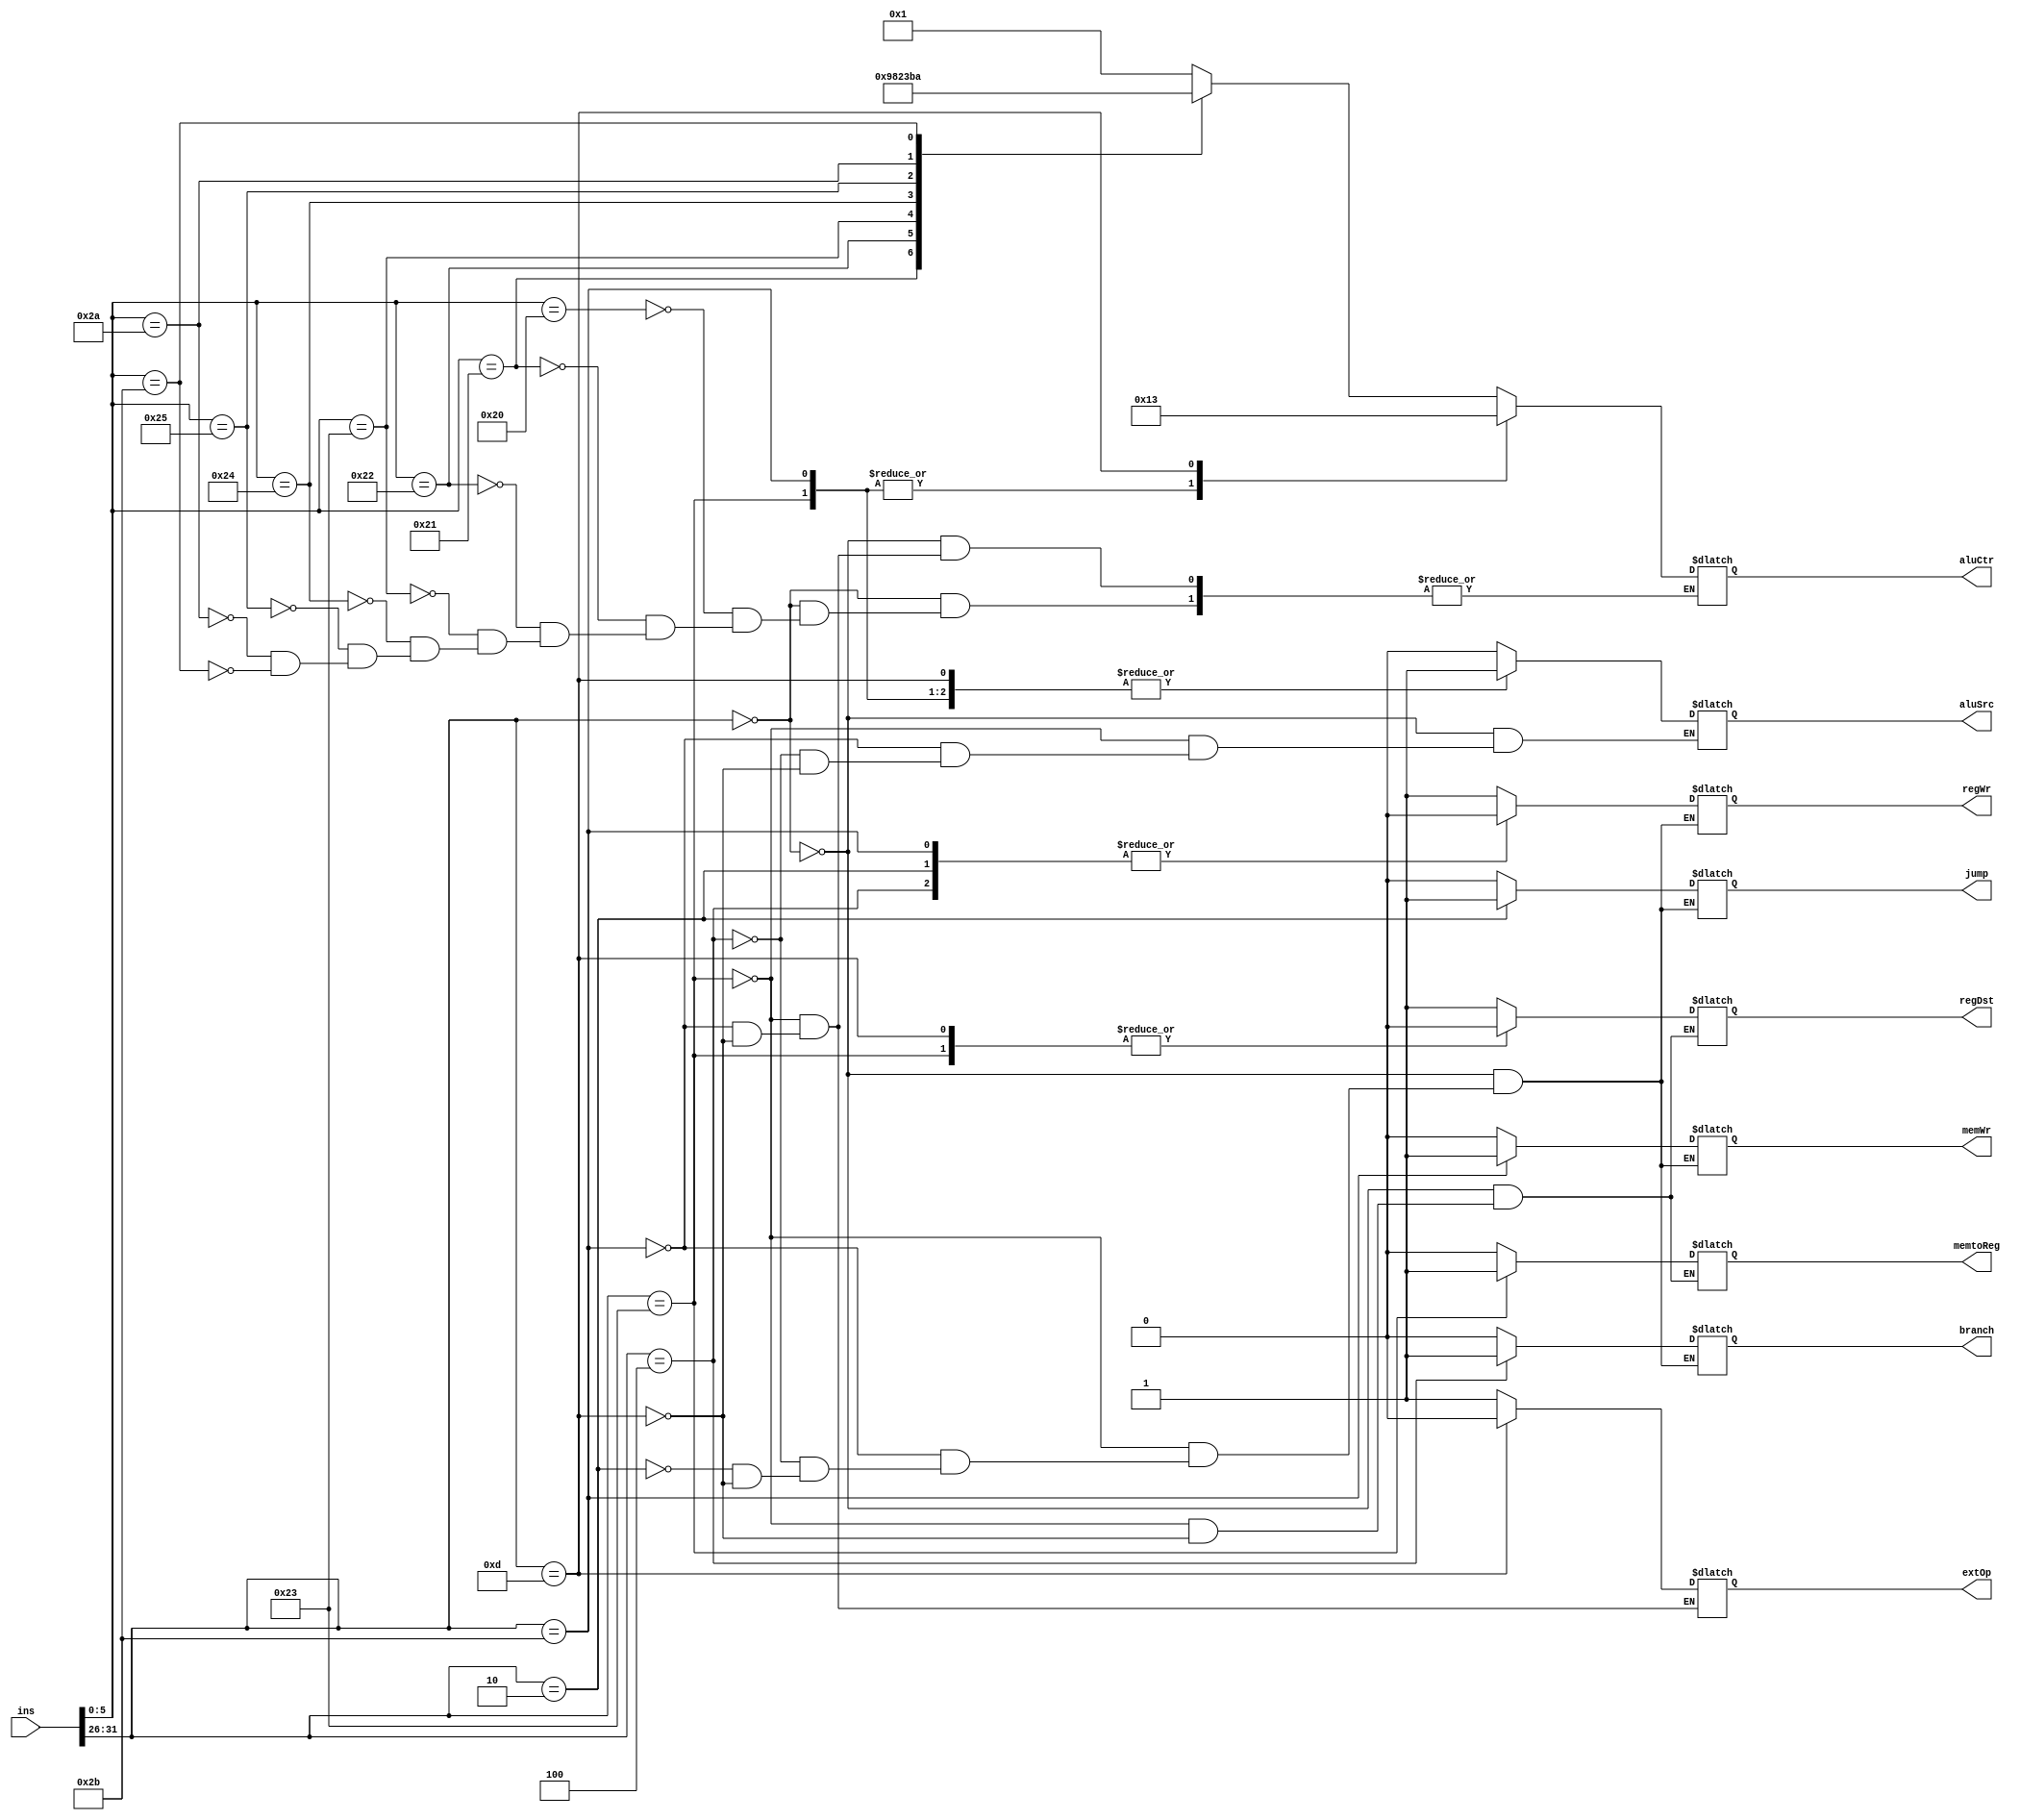
module ctrl (ins, branch, jump, regDst, aluSrc, aluCtr, regWr, memWr, extOp, memtoReg);
	input 	[31:0] 	ins;

	output 	reg 	[3:0]	aluCtr;
	output 	reg		branch;
	output 	reg		jump;
	output 	reg		regDst;
	output 	reg		aluSrc;
	output 	reg		regWr;
	output 	reg		memWr;
	output 	reg		extOp;
	output 	reg		memtoReg;

	wire [5:0] op;
	wire [5:0] func;

	assign op	= ins[31:26];
	assign func	= ins[5:0];

	// Operation code;
	parameter  	R 	= 6'b000000,
		LW	= 6'b100011,
		SW	= 6'b101011,
		BEQ	= 6'b000100,
		J	= 6'b000010,
		ORI 	= 6'b001101;
	// Function code;
	parameter 	ADD 	= 6'b100000,
		ADDU 	= 6'b100001,
		SUB 	= 6'b100010,
		SUBU 	= 6'b100011,
		AND 	= 6'b100100,
		OR	= 6'b100101,
		SLT 	= 6'b101010,
		SLTU 	= 6'b101011;

	always @ ( * ) begin
		case (op)
			R: begin// R-Type Instructions;
				branch 	= 0;
				jump	= 0;
				regDst	= 1;
				aluSrc	= 0;
				memtoReg	= 0;
				regWr	= 1;
				memWr	= 0;
				case (func)
					ADD: 	aluCtr = 4'b0001;
					ADDU: 	aluCtr = 4'b0000;
					SUB: 	aluCtr = 4'b1001;
					SUBU: 	aluCtr = 4'b1000;
					AND: 	aluCtr = 4'b0010;
					OR:	aluCtr = 4'b0011;
					SLT:	aluCtr = 4'b1011;
					SLTU: 	aluCtr = 4'b1010;
				endcase
			end

			LW: begin// Load word;
				branch 		= 0;
				jump 		= 0;
				regDst		= 0;
				aluSrc		= 1;
				memtoReg	= 1;
				regWr		= 1;
				memWr		= 0;
				extOp		= 1;
				aluCtr 		= 4'b0001;// add;
			end

			SW: begin// Store word;
				branch 	= 0;
				jump 	= 0;
				aluSrc	= 1;
				regWr	= 0;
				memWr	= 1;
				extOp	= 1;
				aluCtr 	= 4'b0001;// add;
			end

			BEQ: begin// Branch on equal;
				branch 	= 1;
				jump 	= 0;
				aluSrc	= 0;
				regWr	= 0;
				memWr	= 0;
			end

			J: begin// J-Type Instructions
				branch 	= 0;
				jump 	= 1;
				regWr	= 0;
				memWr	= 0;
			end

			ORI: begin// Or immediate;
				branch 	= 0;
				jump 	= 0;
				regDst 	= 0;
				aluSrc 	= 1;
				memtoReg 	= 0;
				regWr 	= 1;
				memWr 	= 0;
				extOp 	= 0;
				aluCtr 	= 4'b0011;
			end
		endcase
	end

endmodule